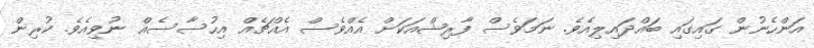
އަންހެނުން ގައިގައި ބައްދައިލިއެވެ. ނަމަވެސް ފާރިޝްއަކަށް އެއްވެސް އެއްޗެއް އިހުސާސެއް ނުވިއެވެ. ކުރިން